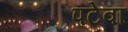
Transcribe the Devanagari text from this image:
पटेवा